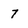
Character: 7